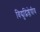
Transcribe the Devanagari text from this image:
विद्युद्विश्लेषीय